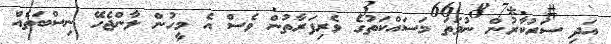
އަދި ސަރުކާރުން ނުވަތަ މަސައްކަތުގެ ވެރިފަރާތުން ވެސް އެ މީހުން ލާންޖެހޭ ނިސްބަތެއް